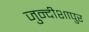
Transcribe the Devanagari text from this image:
जुन्दीशापुर